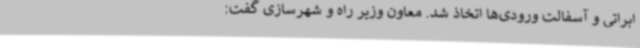
ابراتی و آسفالت ورودی‌ها اتخاذ شد. معاون وزیر راه و شهرسازی گفت: